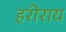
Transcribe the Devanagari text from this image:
हरीराय